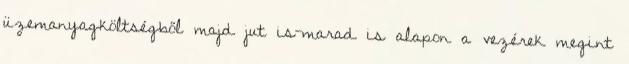
üzemanyagköltségből majd jut is-marad is alapon a vezérek megint